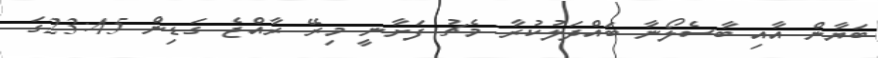
ބަޔާން އާއި ބާސެލޯނާ ބައްދަލުކުރާ މެޗު ފަށާނީ މިރޭ ރާއްޖެ ގަޑިން 23:45ގަ